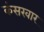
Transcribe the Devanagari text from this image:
कंसखार